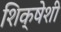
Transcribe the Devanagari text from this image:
शिक्षेशी